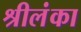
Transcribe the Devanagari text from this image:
श्रीलंंका